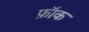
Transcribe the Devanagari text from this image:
फ़ॉक